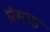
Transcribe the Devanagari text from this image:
प्रेमाड